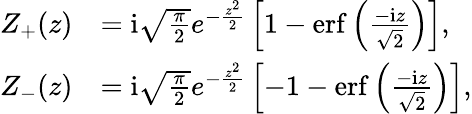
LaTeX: \begin{array}{rl}{Z_{+}(z)}&{=\mathrm{i}\sqrt{\frac{\pi}{2}}e^{-\frac{z^{2}}{2}}\left[1-\mathrm{erf}\left(\frac{-\mathrm{i}z}{\sqrt{2}}\right)\right],}\\ {Z_{-}(z)}&{=\mathrm{i}\sqrt{\frac{\pi}{2}}e^{-\frac{z^{2}}{2}}\left[-1-\mathrm{erf}\left(\frac{-\mathrm{i}z}{\sqrt{2}}\right)\right],}\end{array}